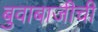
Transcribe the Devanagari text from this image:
बुवाबाजीची